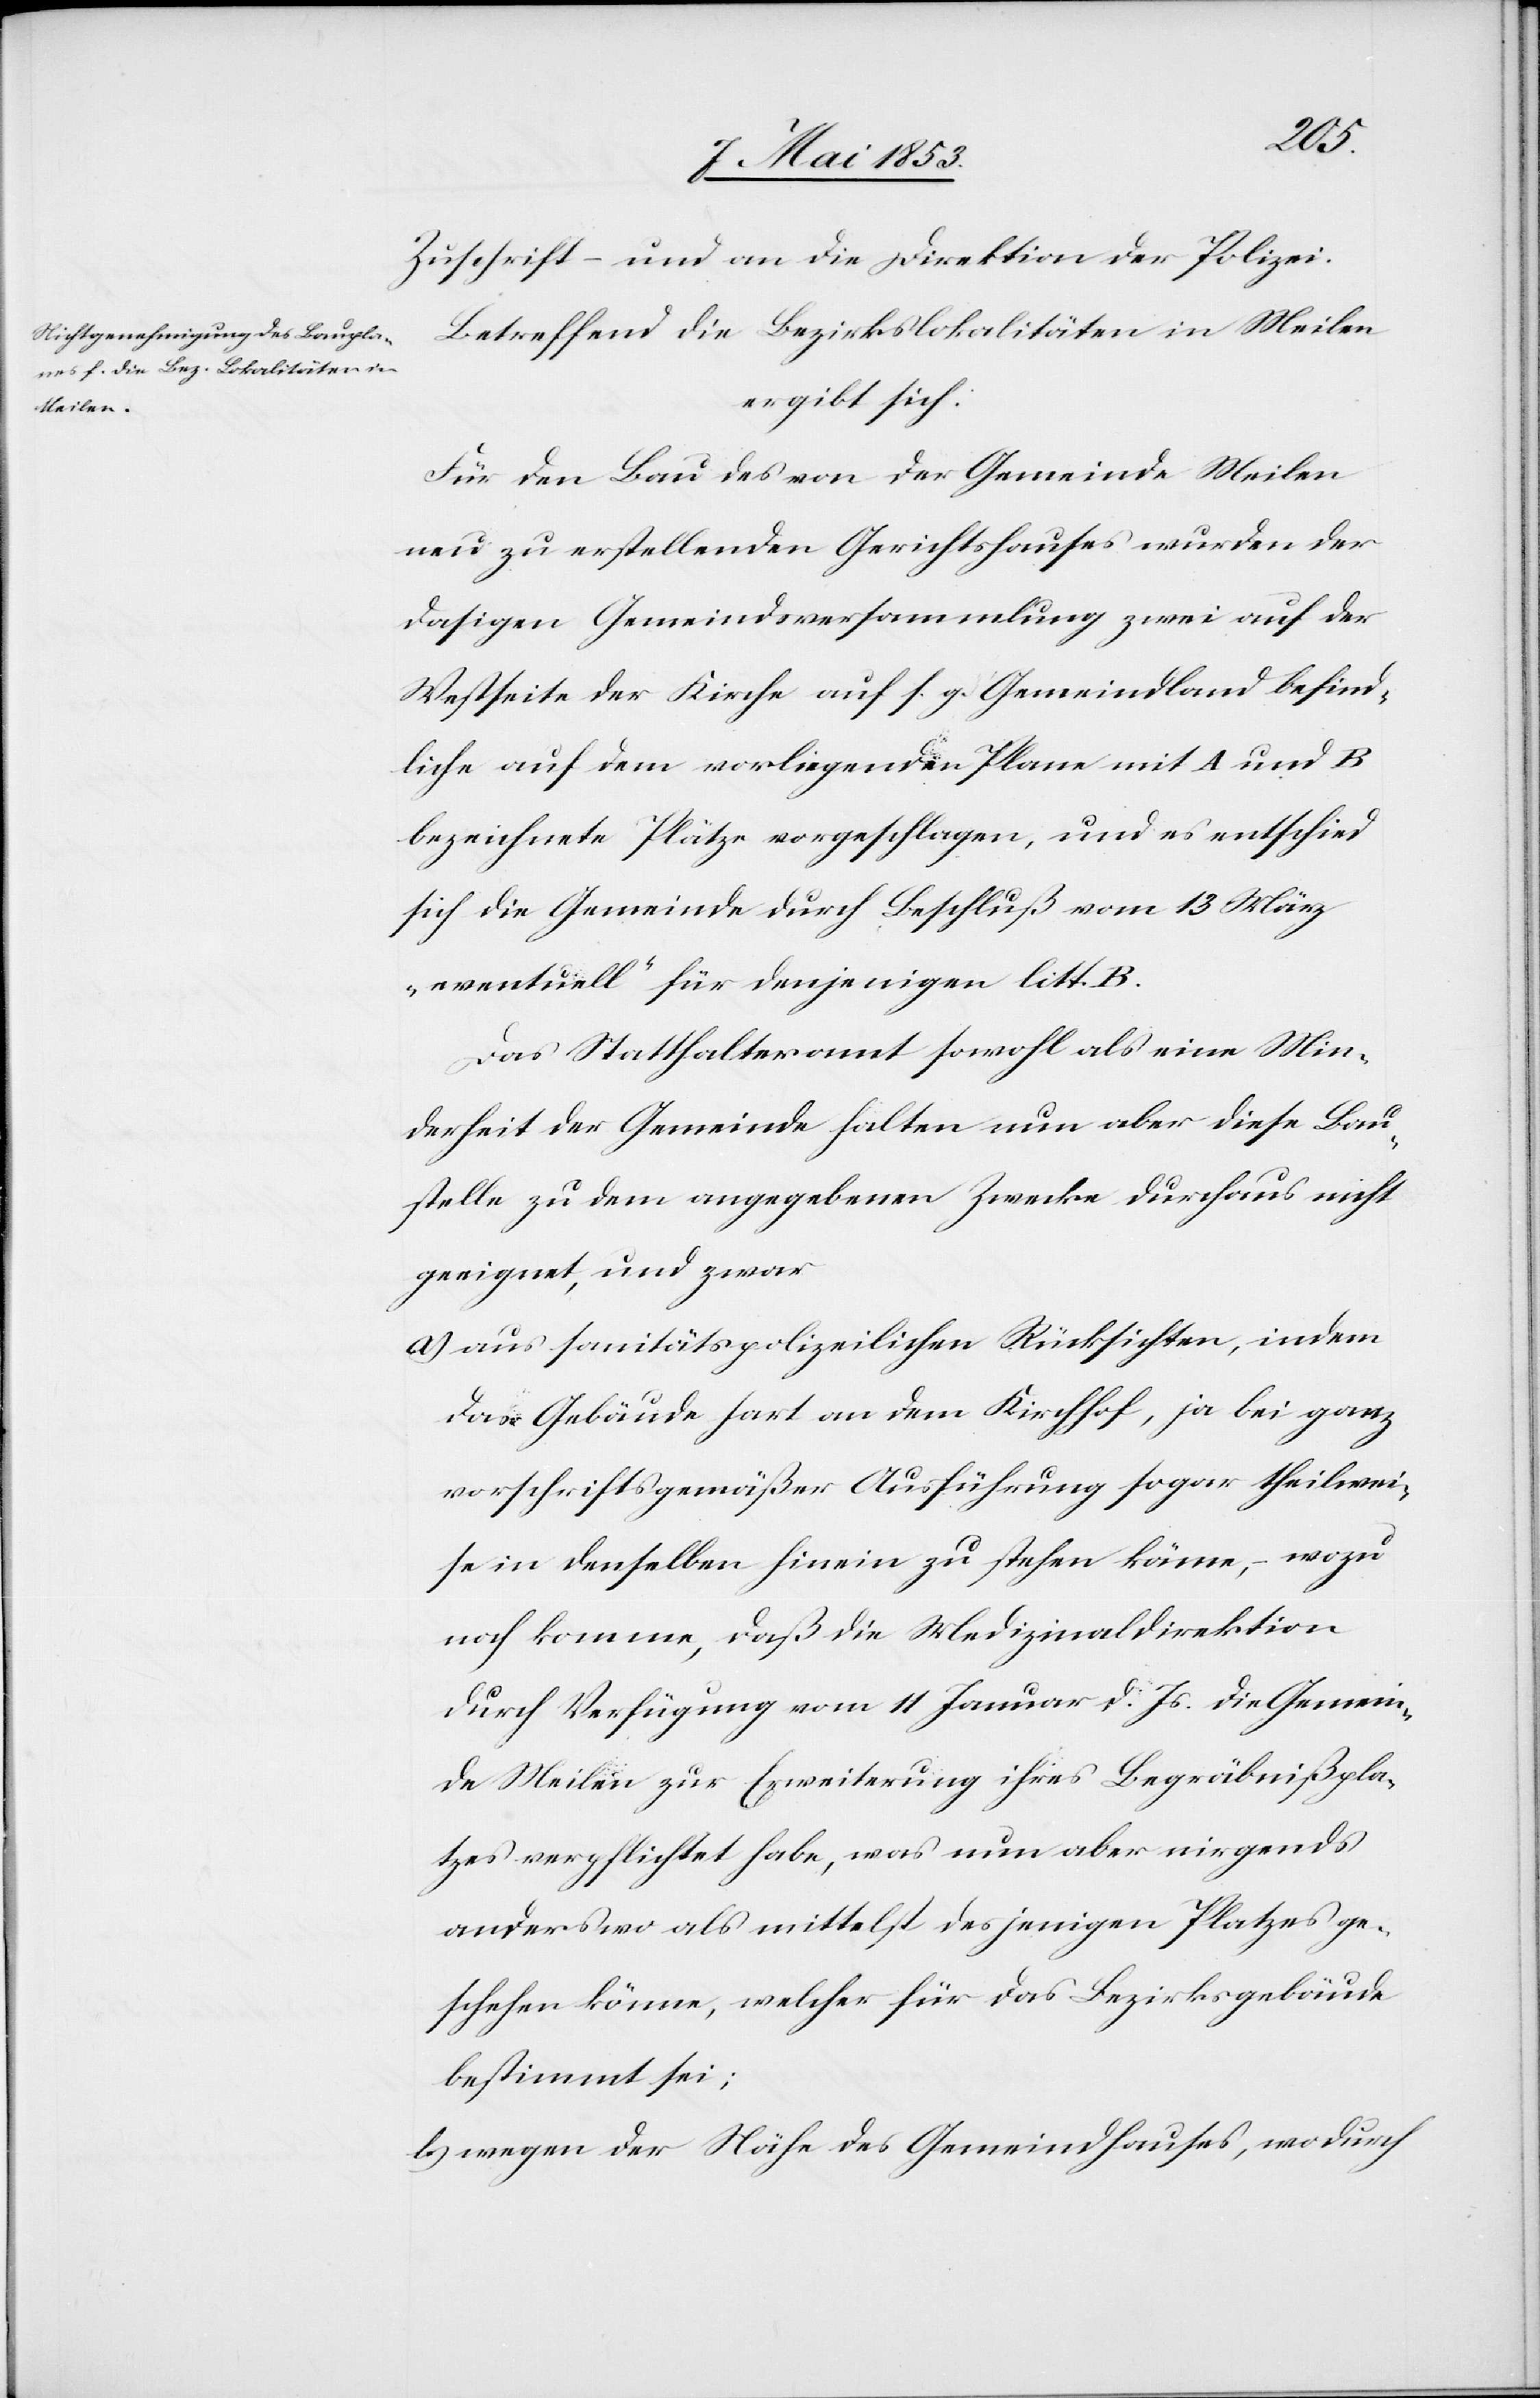
Zuschrift und an die Direktion der Polizei.
Betreffend die Bezirkslokalitäten in Meilen
ergibt sich:
Für den Bau des von der Gemeinde Meilen
neu zu erstellenden Gerichtshauses wurden der
dasigen Gemeindsversammlung zwei auf der
Westseite der Kirche auf s. g. Gemeindland befind¬
liche auf dem vorliegenden Plane mit A und B
bezeichnete Plätze vorgeschlagen, und es entschied
sich die Gemeinde durch Beschluß vom 13 März
„eventuell“ für denjenigen litt. B.
Das Statthalteramt sowohl als eine Min¬
derheit der Gemeinde halten nun aber diese Bau¬
stelle zu dem angegebenen Zwecke durchaus nicht
geeignet, und zwar
a) aus sanitätspolizeilichen Rücksichten, indem
das Gebäude hart an dem Kirchhof, ja bei ganz
vorschriftsgemäßer Ausführung sogar theilwei¬
se in denselben hinein zu stehen käme, – wozu
noch komme, daß die Medizinaldirektion
durch Verfügung vom 11 Januar d. Js. die Gemein¬
de Meilen zur Erweiterung ihres Begräbnißpla¬
tzes verpflichtet habe, was nun aber nirgends
anderswo als mittelst desjenigen Platzes ge¬
schehen könne, welcher für das Bezirksgebäude
bestimmt sei;
b) wegen der Nähe des Gemeindshauses, wo durch